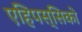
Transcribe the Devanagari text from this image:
एहिपस्सिको